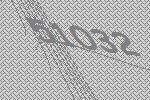
51032